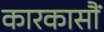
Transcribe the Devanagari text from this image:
कारकासौं